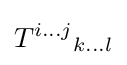
{T^{i\ldots j}}_{k\ldots l}